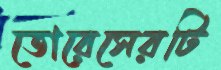
তোরেসেরটি